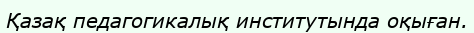
Қазақ педагогикалық институтында оқыған.